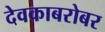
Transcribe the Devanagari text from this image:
देवकाबरोबर